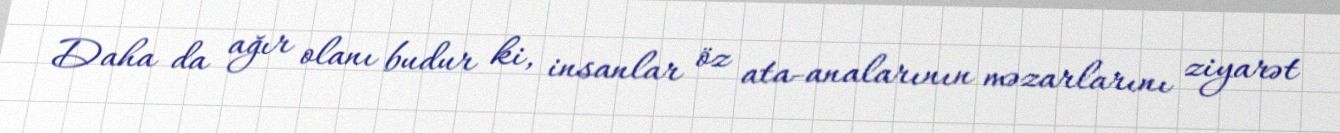
Daha da ağır olanı budur ki, insanlar öz ata-analarının məzarlarını ziyarət